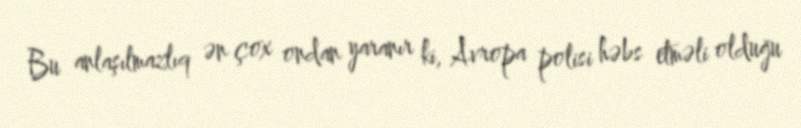
Bu anlaşılmazlıq ən çox ondan yaranır ki, Avropa polisi həbs etməli olduğu